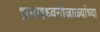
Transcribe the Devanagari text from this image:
भ्रमणध्वनीजाळ्यांच्या